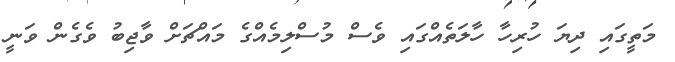
މަތީގައި ދިޔަ ހުރިހާ ހާލަތެއްގައި ވެސް މުސްލިމެއްގެ މައްޗަށް ވާޖިބު ވެގެން ވަނީ